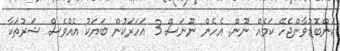
ކަންބޮޑުވާންޖެހޭ ކަމެއް ނޫން. އެހެން ނޫނަސް 3 އަހަރަކުން ބަޔަކު އެއްވެސް ޝަރުތަކާ